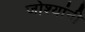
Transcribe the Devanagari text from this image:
जोश्यांनी